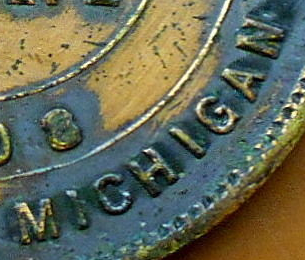
MICHIGAN